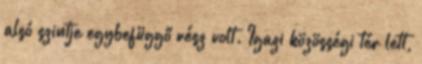
alsó szintje egybefüggő rész volt. Igazi közösségi tér lett,